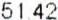
51.42